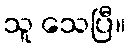
သူ သေပြီ။